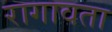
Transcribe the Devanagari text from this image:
रागावता